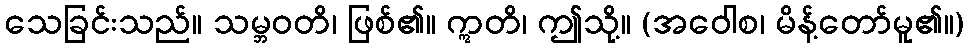
သေခြင်းသည်။ သမ္ဘဝတိ၊ ဖြစ်၏။ ဣတိ၊ ဤသို့။ (အဝေါစ၊ မိန့်တော်မူ၏။)